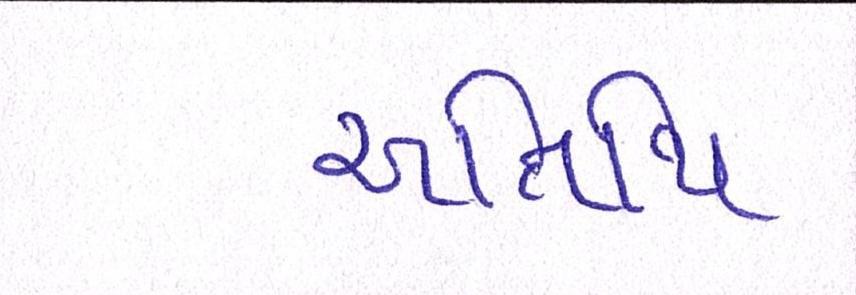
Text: અતિથિ